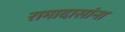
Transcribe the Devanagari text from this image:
रामादासांना